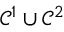
\mathcal { C } ^ { 1 } \cup \mathcal { C } ^ { 2 }